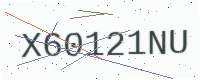
Text: X60121NU